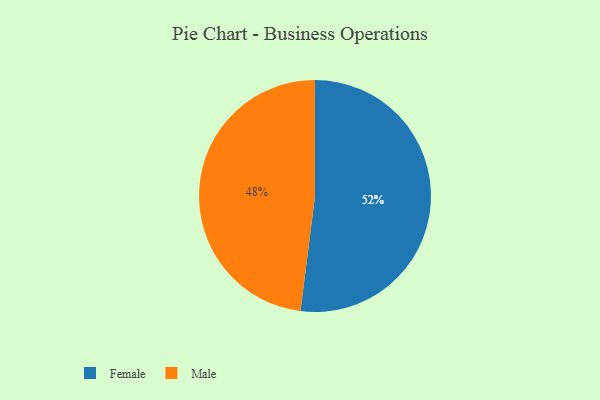
{"axis": {"x": "Category", "y": "Percentage"}, "legend": ["Female", "Male"], "data": [{"x": "Female", "y": 52, "type": "Female"}, {"x": "Male", "y": 48, "type": "Male"}]}